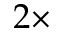
2 \times